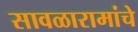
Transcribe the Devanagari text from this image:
सावळारामांचे